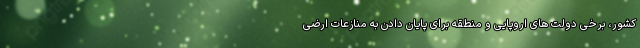
کشور، برخی دولت های اروپایی و منطقه برای پایان دادن به منازعات ارضی